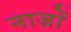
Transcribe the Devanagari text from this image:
नाज़ों